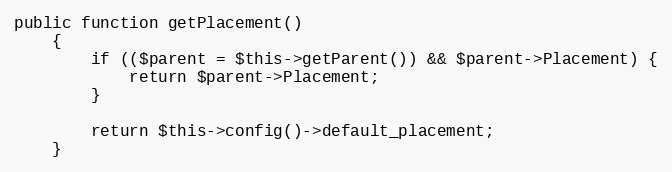
Language: PHP
public function getPlacement()
    {
        if (($parent = $this->getParent()) && $parent->Placement) {
            return $parent->Placement;
        }

        return $this->config()->default_placement;
    }